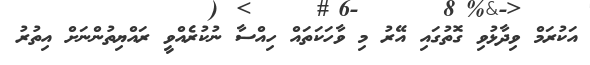
އަކުރަމް ވިދާޅުވި ގޮތުގައި އޭރު މި ވާހަކަތައް ހިއްސާ ނުކުރެއްވީ ރައްޔިތުންނަށް އިތުރު